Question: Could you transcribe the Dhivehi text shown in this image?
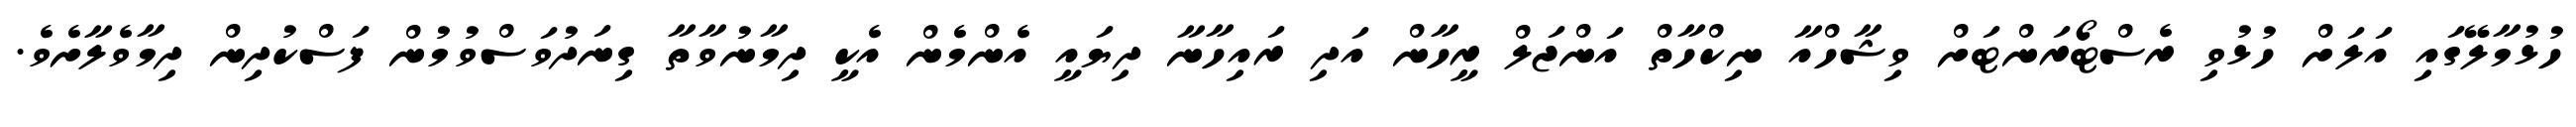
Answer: ހުޅުމާލޭގައި އަލަށް ހުޅުވި ރެސްޓޯރަންޓަށް ވިޝާހްއާ ނިކްހާތް އަންޖަލް ރީހާން އަދި ރައިހާނާ ދިޔައީ އެންމެން އެކީ ދިމާނުވާތާ ގިނަދުވަސްވުމުން ފަސްކުދިން ދިމާވެލާށެވެ.